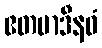
ဧတမာဒီနဝံ